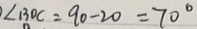
\angle B O C = 9 0 - 2 0 = 7 0 ^ { \circ }